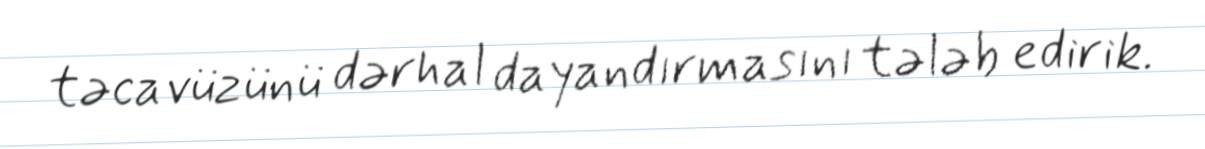
təcavüzünü dərhal dayandırmasını tələb edirik.